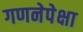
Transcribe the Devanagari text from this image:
गणनेपेक्षा